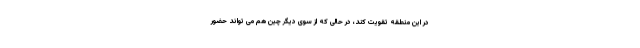
در این منطقه تقویت کند، در حالی که از سوی دیگر چین هم می تواند حضور